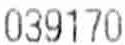
039170